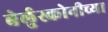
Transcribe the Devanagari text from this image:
बेर्लुस्कोनीच्या